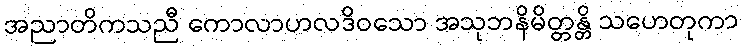
အညာတိကသညီ ကောလာဟလဒိဝသော အသုဘနိမိတ္တန္တိ သဟေတုကာ